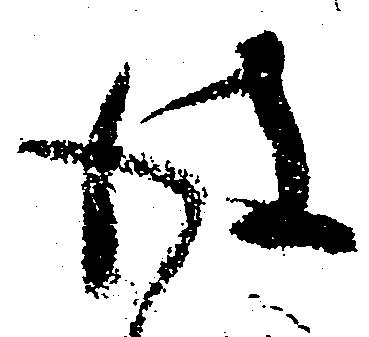
彼